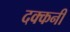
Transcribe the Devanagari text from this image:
दक्‍कनी